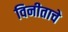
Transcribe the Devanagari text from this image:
विनीताचे